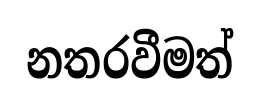
නතරවීමත්